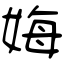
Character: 娒